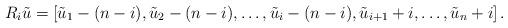
LaTeX: \begin{align*}R_i\tilde u=[\tilde u_1-(n-i),\tilde u_2-(n-i),\ldots,\tilde u_i-(n-i), \tilde u_{i+1}+i,\ldots,\tilde u_n+i]\,.\end{align*}